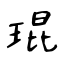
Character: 琨